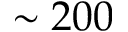
\sim 2 0 0